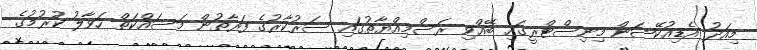
މިއަދު އެޑިއުކޭޝަން މިނިސްޓްރީގައި ބޭއްވި ރަސްމިއްޔާތުގައި ސަރުކާރުގެ ފަރާތުން މަސައްކަތް ހަވާލު ކުރުމުގެ